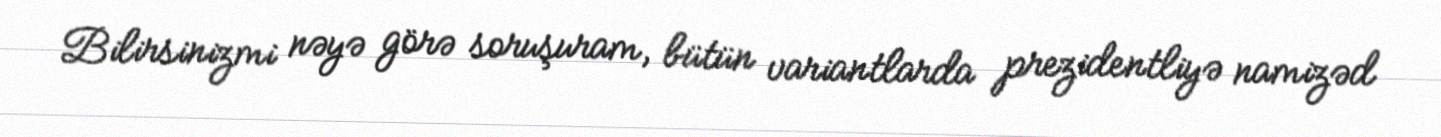
Bilirsinizmi nəyə görə soruşuram, bütün variantlarda prezidentliyə namizəd